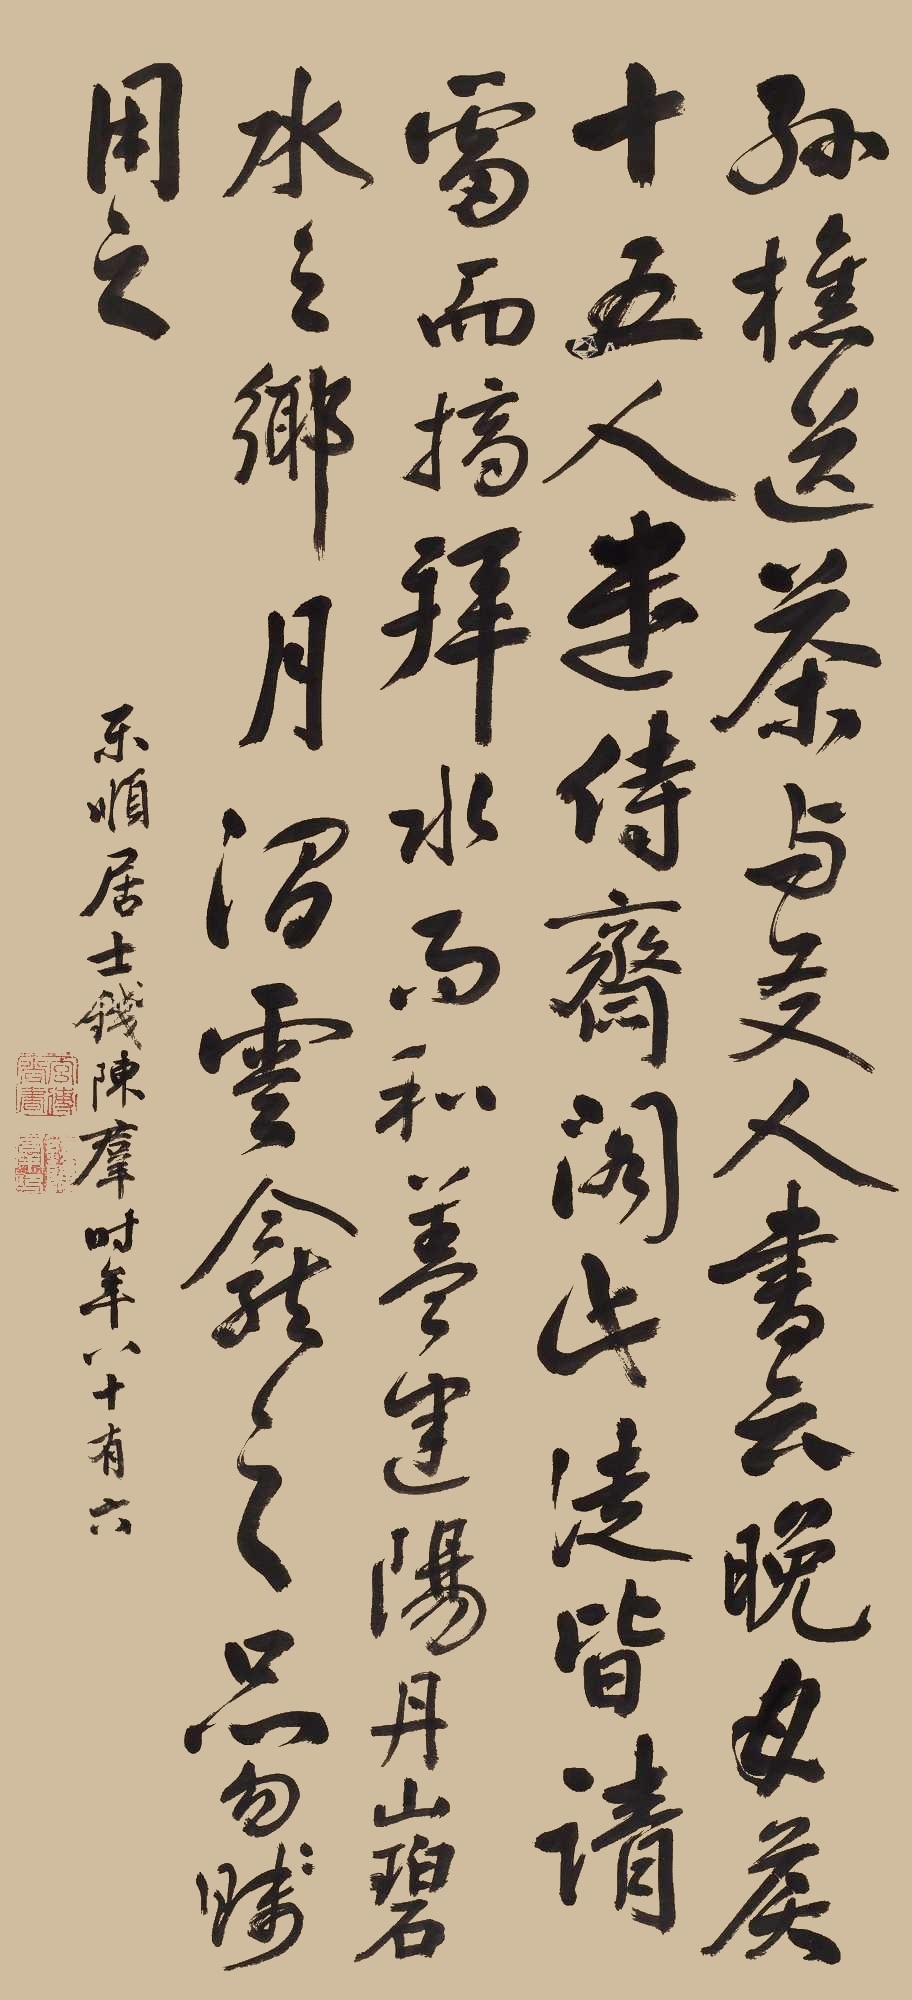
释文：孙樵送茶与友人书云晚：晚甘侯十五人，遣侍斋阁。此徒皆请雷而摘，拜水而和。盖建阳丹山碧水之乡，月涧云龛之品，勿贱用之。东顺居士钱陈群时年八十有六。